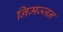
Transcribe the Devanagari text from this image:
निमज्‍जन